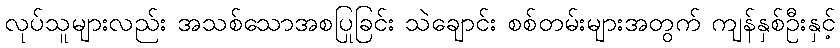
လုပ်သူများလည်း အသစ်သောအစပြုခြင်း သဲချောင်း စစ်တမ်းများအတွက် ကျန်နှစ်ဦးနှင့်